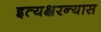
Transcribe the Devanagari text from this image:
इत्यक्षरन्यास